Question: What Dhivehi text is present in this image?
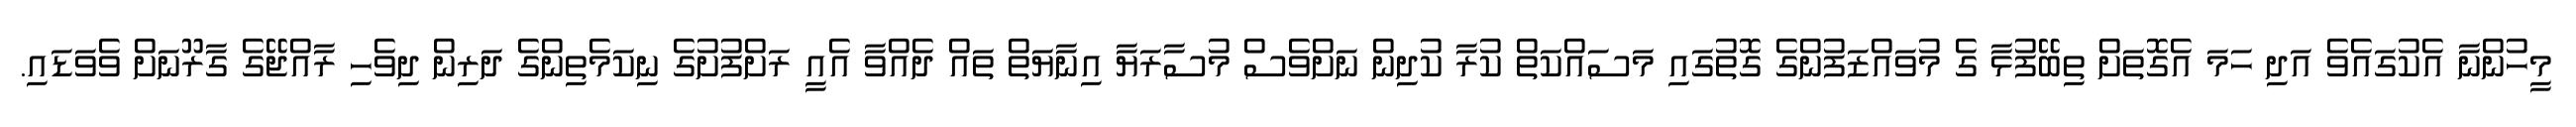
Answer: މީހުންނާ އެކުގައެވެ އަދި ހަމަ އެގޮތަށް ތިބޭފުޅާ ގެ މުވައްޒަފުންގެ ގޮތުގައި މަސައްކަތް ކުރާ ކުދިން ނަށްވެސް މުސާރަޔާ އިނާޔަތް ތައް ދެއްވާ އެއީ ރަށްފުށުގެ ނިކަމެތިންގެ ދަރިން ދިވެހި ރާއްޖޭގެ ގާރޫނަށް ވެވަޑައި.